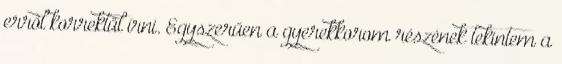
erről korrektül írni. Egyszerűen a gyerekkorom részének tekintem a